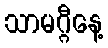
သာမဂ္ဂီနေ့